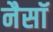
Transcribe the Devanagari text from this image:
नैसॉ